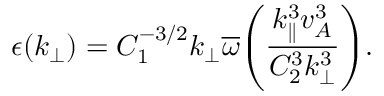
\epsilon ( k _ { \perp } ) = C _ { 1 } ^ { - 3 / 2 } k _ { \perp } \overline { { \omega } } \Bigg ( \frac { k _ { \parallel } ^ { 3 } v _ { A } ^ { 3 } } { C _ { 2 } ^ { 3 } k _ { \perp } ^ { 3 } } \Bigg ) .